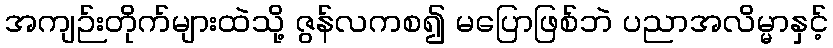
အကျဉ်းတိုက်များထဲသို့ ဇွန်လကစ၍ မပြောဖြစ်ဘဲ ပညာအလိမ္မာနှင့်